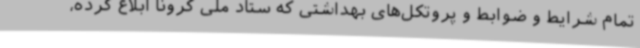
تمام شرایط و ضوابط و پروتکل‌های بهداشتی که ستاد ملی کرونا ابلاغ کرده،